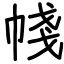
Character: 帴